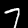
Label: 7